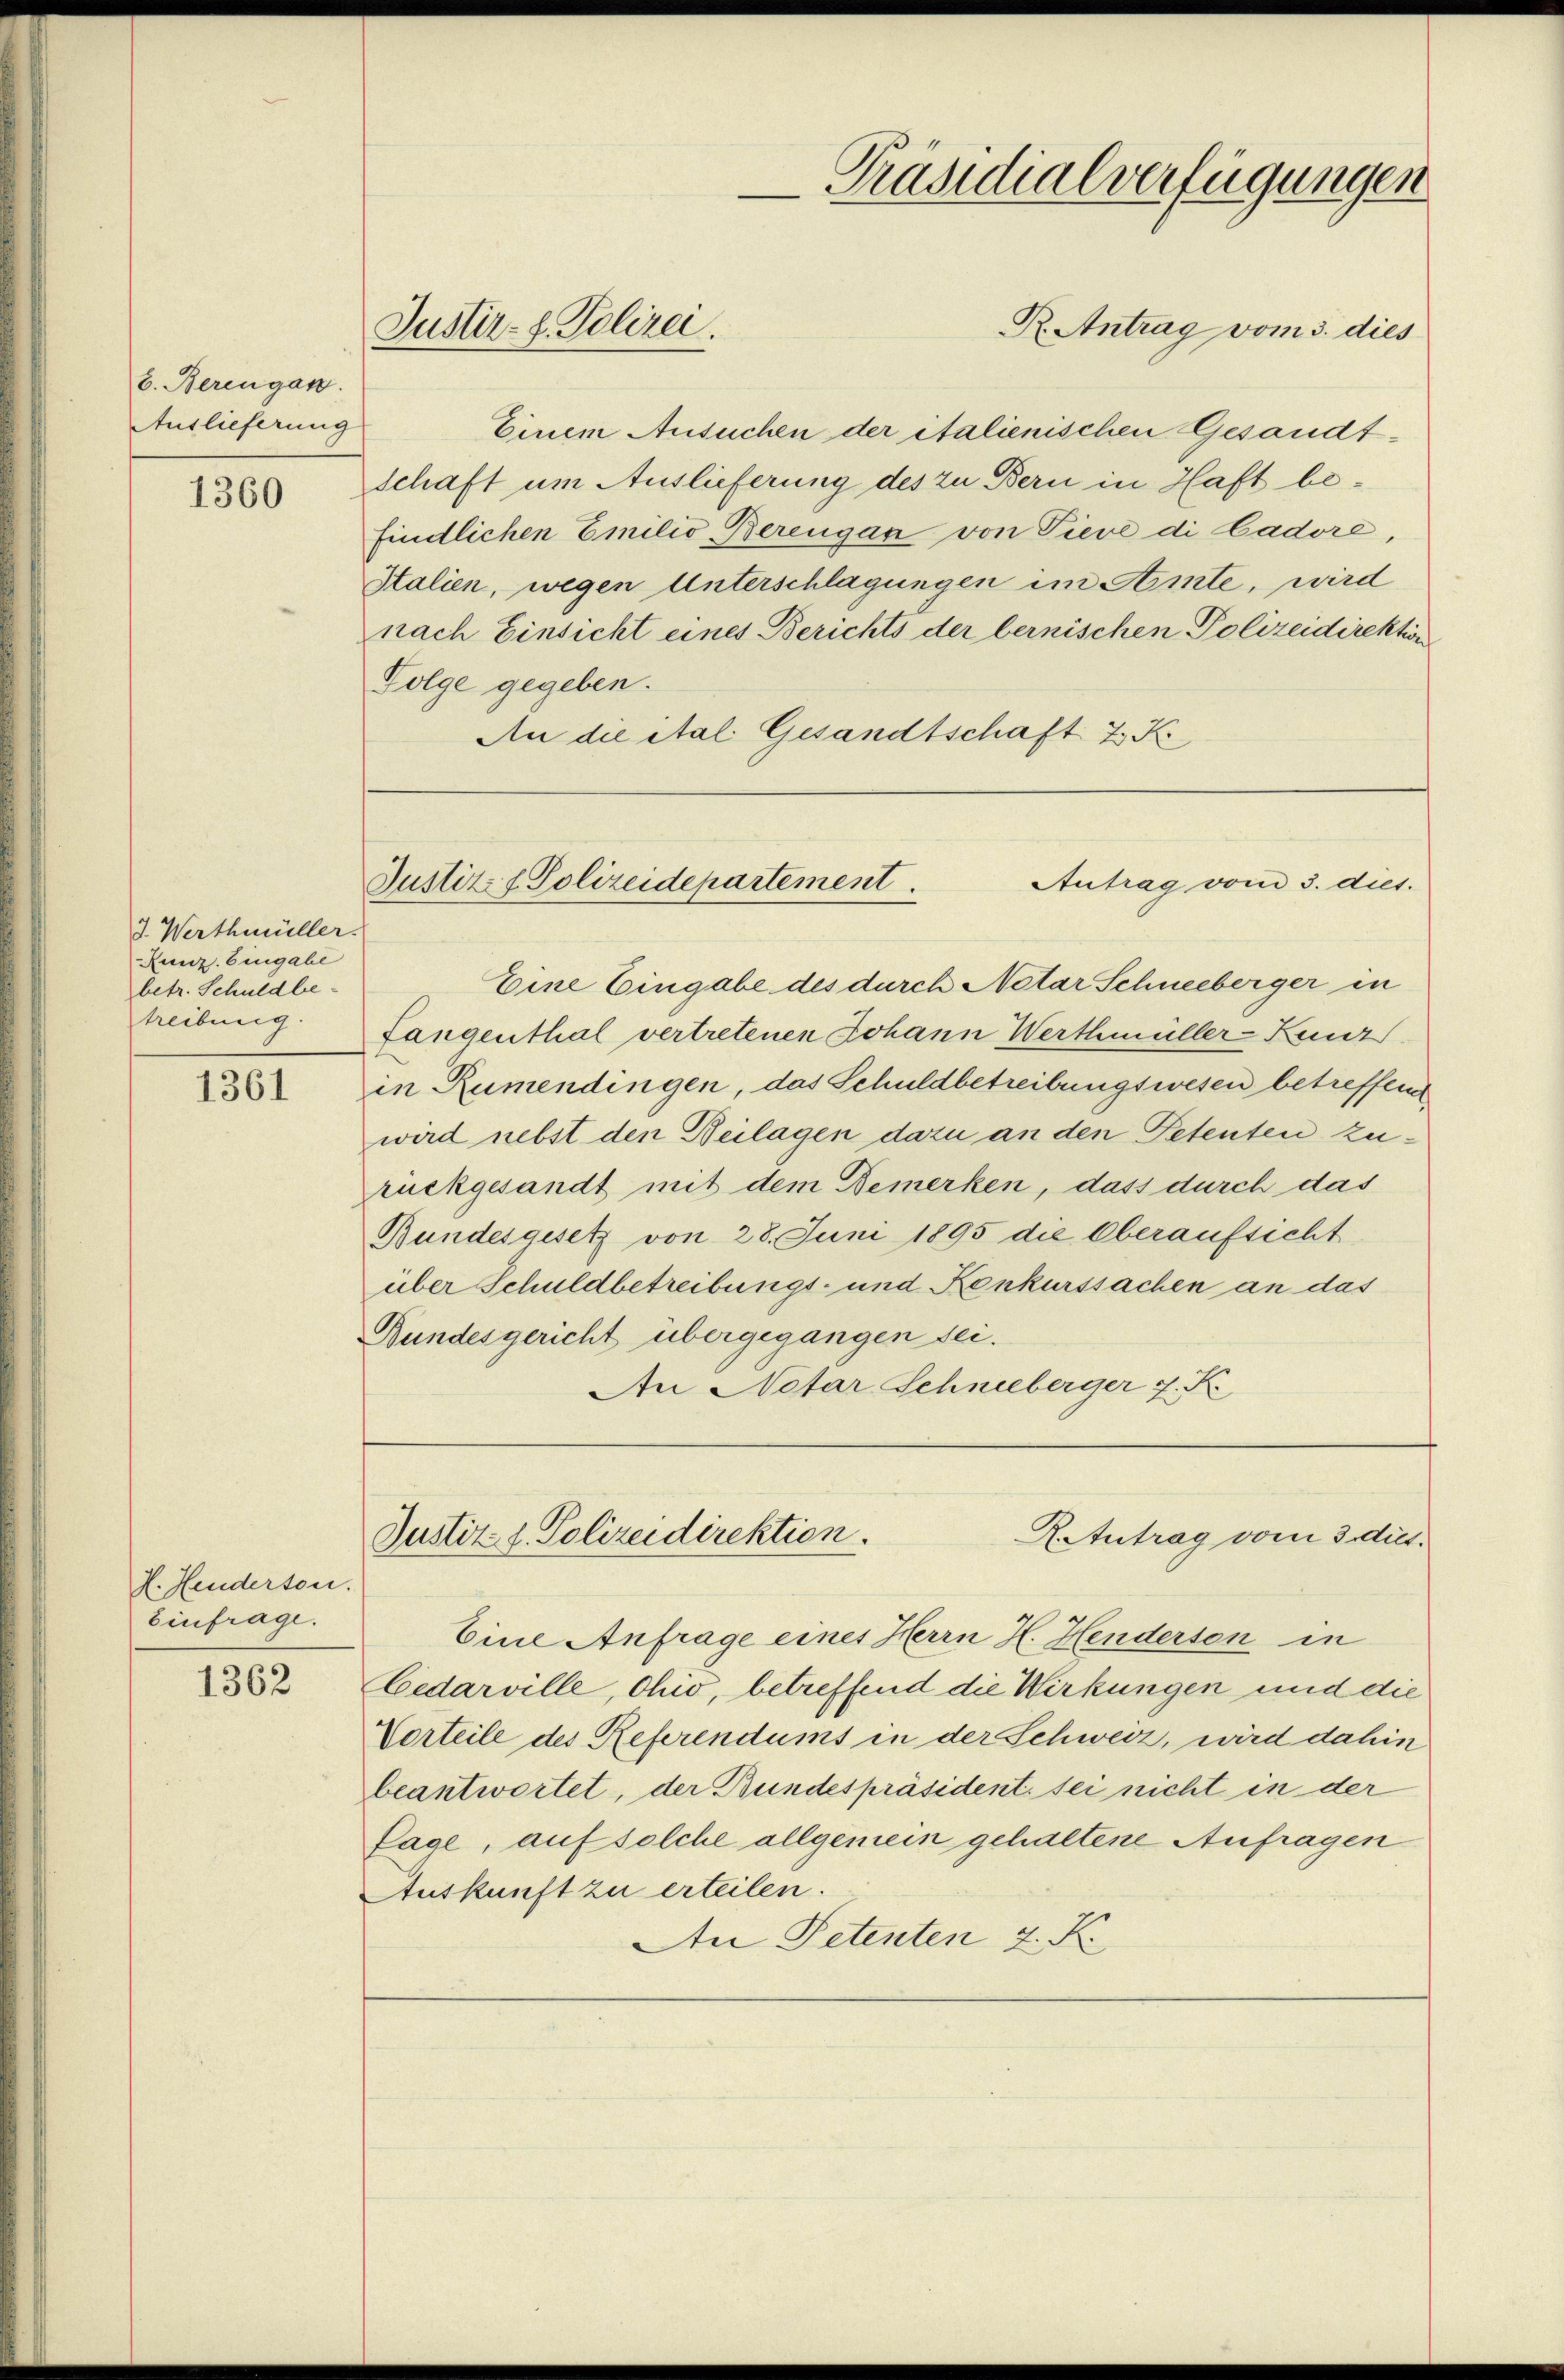
b. Berengan
Auslieferung

1360

3. Werthmüller.
Runz. Eingabe
betr. Schuldbetreibung.

1361

P. Henderton.
Einfrage.

1362

Justiz- & Polizei.

Präsidialverfügungen

R. Antrag vom 3. dies
Einem Ansuchen der italienischen Gesandtschaft um Auslieferung des zu Bern in Haft befindlichen Emilio, Berengan von Pieve di Cadore,
Halien, wegen Unterschlagungen im Amte, wird
nach Einsicht eines Berichts der bernischen Polizeidirektion
Folge gegeben.
An die Mal. Gesandtschaft 2 K

Antrag vom 3. dies.
Justiz f Polizeidepartement.

Eine Eingabe des durch Notar Schneeberger in
Langenthal vertretenen Johann Werthmüller-Zuur
in Rumendingen, das Schuldbetreibungswesen betreffende
wird nebst den Beilagen dazu an den Petenten zurückgesandt mit dem Bemerken, dass durch das
Bundesgesetz von 28. Juni 1895 die Oberaufsicht
über Schuldbetreibungs- und Konkurssachen an das
Bundesgericht übergegangen sei.
An Notar Schneeberger J. K.

R. Antrag vom 3. dies
Justiz- & Polizeidirektion.

Eine Anfrage eines Herrn H. Henderson in
Cedarville, Ohio, betreffend die Wirkungen und die
Corteile des Referendums in der Schweiz, wird dahin
beantwortet, der Bundespräsident sei nicht in der
Page, auf solche allgemein gehaltene Anfragen
Auskunft zu erteilen.
An Petenten 4. K.